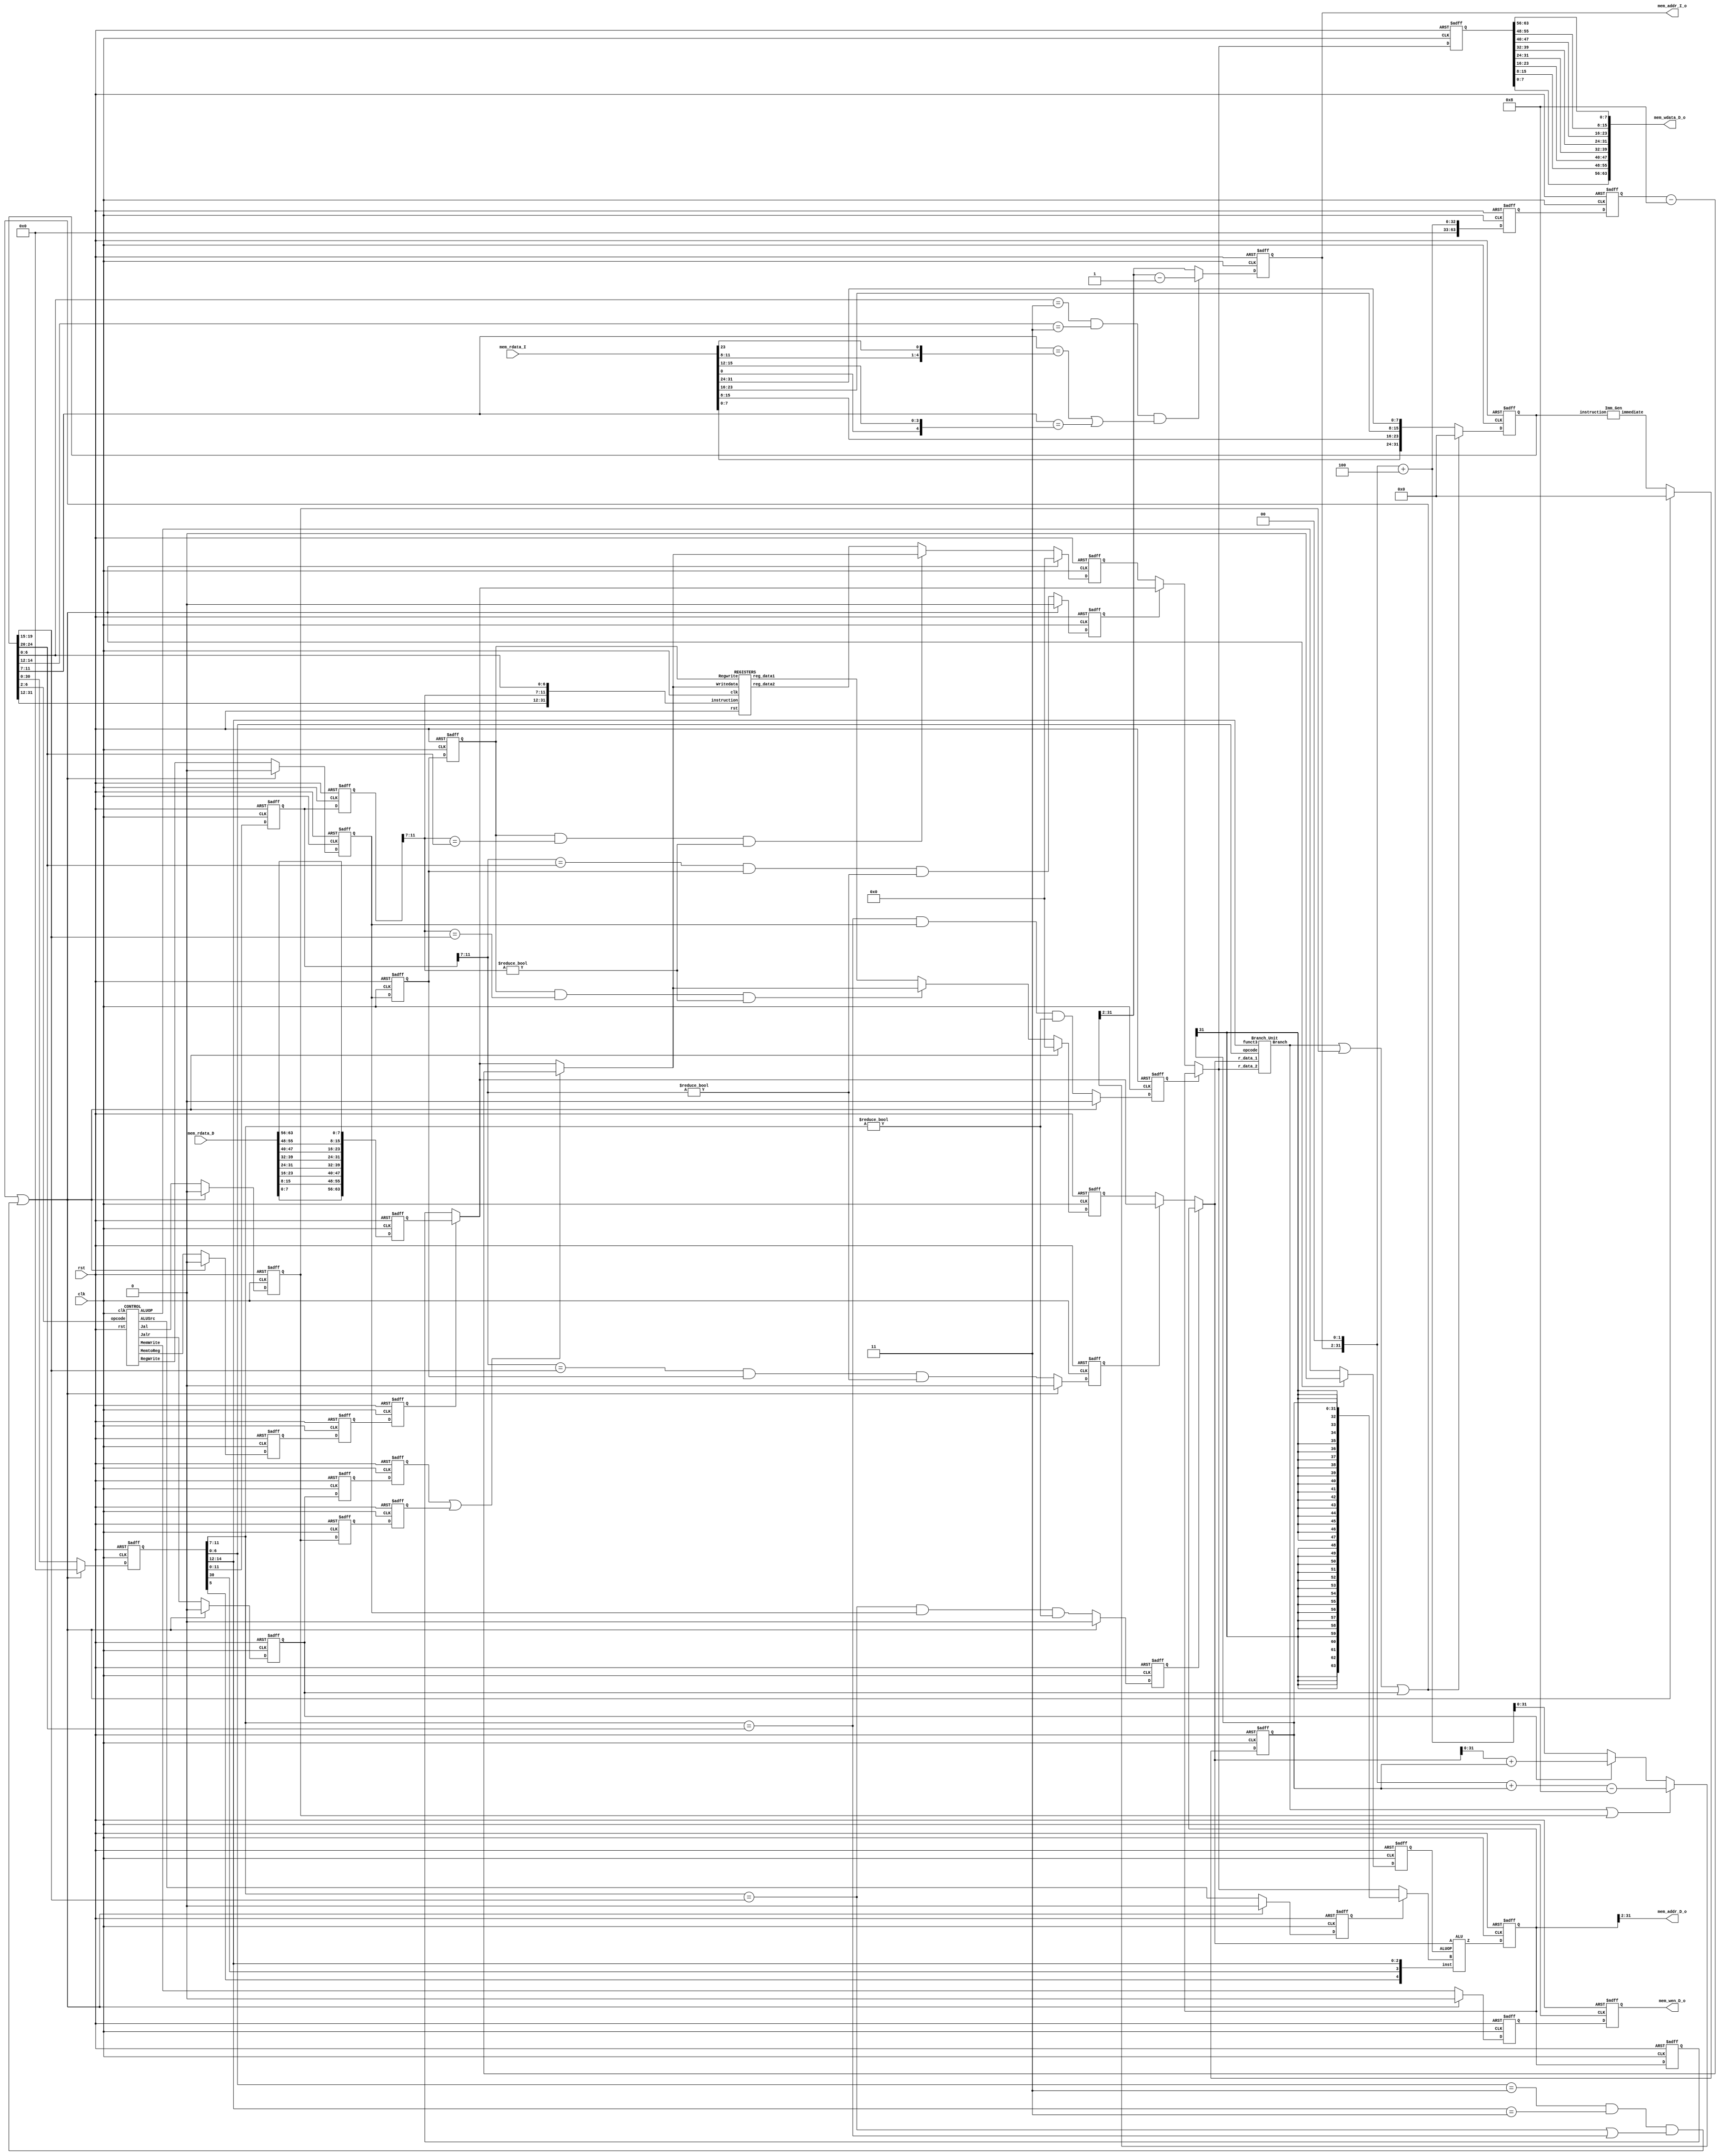
// Your code

module RISCV(clk,
            rst,
            // for mem_D
            mem_wen_D_o,
            mem_addr_D_o,
            mem_wdata_D_o,
            mem_rdata_D,
            // for mem_I
            mem_addr_I_o,
            mem_rdata_I);

    input               clk, rst;
    input       [31:0]  mem_rdata_I;
    input       [63:0]  mem_rdata_D;
    output              mem_wen_D_o;
    output reg  [31:2]  mem_addr_I_o;
    output      [31:2]  mem_addr_D_o;
    output      [63:0]  mem_wdata_D_o;

    // 1
    wire    [31:0]  instruction_1;
    // 2
    reg     [31:0]  instruction_2;
    wire    [31:0]  immediate_2;
    wire            Jal_2;
    wire            Jalr_2;
    wire            MemWrite_2;
    wire            MemtoReg_2;
    wire            RegWrite_2;
    wire            ALUSrc_2;
    wire            ALUOP_2;
    wire    [63:0]  r_data1_2, r_data2_2;
    wire            pre_WB_data1, pre_WB_data2;
    wire            MEM_forwd_in1_2, MEM_forwd_in2_2;
    wire            WB_forwd_in1_2, WB_forwd_in2_2;
    wire            no_forwd_in1_2;
    wire            no_forwd_in2_2;
    // 3
    reg     [31:0]  instruction_3;
    reg     [31:0]  immediate_3;
    reg             Jal_3;
    reg             Jalr_3;
    reg             MemWrite_3;
    reg             MemtoReg_3;
    reg             RegWrite_3;
    reg             ALUSrc_3;
    reg             ALUOP_3;
    reg     [63:0]  r_data1_3, r_data2_3;
    reg             MEM_forwd_in1_3, MEM_forwd_in2_3;
    reg             WB_forwd_in1_3, WB_forwd_in2_3;
    reg             no_forwd_in1_3;
    reg             no_forwd_in2_3;
    wire            load_use_hazd_in1, load_use_hazd_in2;
    wire    [63:0]  f_data1_3, f_data2_3;
    wire    [63:0]  PC_4_out_3, PC_imm_out, Jalr_adder_out;
    wire            Branch;
    wire    [63:0]  ALU_in2, ALU_result_3;
    wire    [63:0]  nxt_mem_addr_I;
    wire            flush;
    wire            stall;
    // 4
    reg     [31:0]  instruction_4;
    reg     [63:0]  PC_4_out_4;
    reg     [63:0]  ALU_result_4;
    reg     [63:0]  f_data2_4;
    reg             Jal_4;
    reg             Jalr_4;
    reg             MemtoReg_4;
    reg             MemWrite_4;
    reg             RegWrite_4;
    wire    [63:0]  mem_data_4;
    wire    [63:0]  forwd_data_4;
    // 5
    reg     [31:0]  instruction_5;
    reg     [63:0]  mem_data_5;
    reg     [63:0]  PC_4_out_5;
    reg     [63:0]  ALU_result_5;
    reg             Jal_5;
    reg             Jalr_5;
    reg             MemtoReg_5;
    reg             RegWrite_5;
    wire    [63:0]  Reg_write_data;
    wire    [63:0]  forwd_data_5;

    // First stage start
    assign instruction_1 = {mem_rdata_I[7:0], mem_rdata_I[15:8],
                            mem_rdata_I[23:16], mem_rdata_I[31:24]};

    always @(posedge clk or posedge rst) begin
        if (rst) instruction_2 <= 0;
        else begin
            if (flush) instruction_2 <= 0; 
            else instruction_2 <= instruction_1;
        end
    end
    // First stage end

    // Second stage start
    CONTROL control(
        .clk(clk), .rst(rst), .opcode(instruction_2[6:2]),
        .Jal(Jal_2), .Jalr(Jalr_2), .MemWrite(MemWrite_2),
        .MemtoReg(MemtoReg_2), .RegWrite(RegWrite_2),
        .ALUSrc(ALUSrc_2), .ALUOP(ALUOP_2)
    );

    Imm_Gen imm_gen(
        .immediate(immediate_2), .instruction(instruction_2)
    );

    REGISTERS registers(
        .clk(clk), .rst(rst), .instruction({instruction_2[31:12],instruction_5[11:7],instruction_2[6:0]}),
        .Regwrite(RegWrite_5), .Writedata(Reg_write_data),
        .reg_data1(r_data1_2), .reg_data2(r_data2_2)
    );
    
    assign  pre_WB_data1 = RegWrite_5&(instruction_5[11:7]==instruction_2[19:15])&(instruction_5[11:7]!=5'b0);
    assign  pre_WB_data2 = RegWrite_5&(instruction_5[11:7]==instruction_2[24:20])&(instruction_5[11:7]!=5'b0);
    assign  MEM_forwd_in1_2   = (instruction_3[11:7]==instruction_2[19:15])&RegWrite_3&(instruction_3[11:7]!=5'b0);
    assign  MEM_forwd_in2_2   = (instruction_3[11:7]==instruction_2[24:20])&RegWrite_3&(instruction_3[11:7]!=5'b0);
    assign  WB_forwd_in1_2    = (instruction_4[11:7]==instruction_2[19:15])&RegWrite_4&(instruction_4[11:7]!=5'b0);
    assign  WB_forwd_in2_2    = (instruction_4[11:7]==instruction_2[24:20])&RegWrite_4&(instruction_4[11:7]!=5'b0);
    //assign  no_forwd_in1_2    = !((MEM_forwd_in1_2)|(WB_forwd_in1_2));
    //assign  no_forwd_in2_2    = !((MEM_forwd_in2_2)|(WB_forwd_in2_2));
    
    always @(posedge clk or posedge rst) begin
        if (rst) begin
            Jal_3           <= 0;
            Jalr_3          <= 0;
            MemWrite_3      <= 0;
            MemtoReg_3      <= 0;
            RegWrite_3      <= 0;
            ALUSrc_3        <= 0;
            ALUOP_3         <= 0;
            instruction_3   <= 0;
            immediate_3     <= 0;
            r_data1_3       <= 0;
            r_data2_3       <= 0;
            MEM_forwd_in1_3 <= 0;
            MEM_forwd_in2_3 <= 0;
            WB_forwd_in1_3  <= 0;
            WB_forwd_in2_3  <= 0;
            //no_forwd_in1_3  <= 0;
            //no_forwd_in2_3  <= 0;
        end
        else begin
            if (flush|stall) begin
                Jal_3           <= 0;
                Jalr_3          <= 0;
                MemWrite_3      <= 0;
                MemtoReg_3      <= 0;
                RegWrite_3      <= 0;
                ALUSrc_3        <= 0;
                ALUOP_3         <= 0;
                instruction_3   <= 0;
                immediate_3     <= 0;
                r_data1_3       <= 0;
                r_data2_3       <= 0;
                MEM_forwd_in1_3 <= 0;
                MEM_forwd_in2_3 <= 0;
                WB_forwd_in1_3  <= 0;
                WB_forwd_in2_3  <= 0;
                //no_forwd_in1_3  <= 0;
                //no_forwd_in2_3  <= 0;
            end
            else begin
            Jal_3           <= Jal_2;
            Jalr_3          <= Jalr_2;
            MemWrite_3      <= MemWrite_2;
            MemtoReg_3      <= MemtoReg_2;
            RegWrite_3      <= RegWrite_2;
            ALUSrc_3        <= ALUSrc_2;
            ALUOP_3         <= ALUOP_2;
            instruction_3   <= instruction_2;
            immediate_3     <= immediate_2;
            MEM_forwd_in1_3 <= MEM_forwd_in1_2;
            MEM_forwd_in2_3 <= MEM_forwd_in2_2;
            WB_forwd_in1_3  <= WB_forwd_in1_2;
            WB_forwd_in2_3  <= WB_forwd_in2_2;
            //no_forwd_in1_3  <= no_forwd_in1_2;
            //no_forwd_in2_3  <= no_forwd_in2_2;
            if (pre_WB_data1)   r_data1_3 <= Reg_write_data;
            else                r_data1_3 <= r_data1_2;
            if (pre_WB_data2)   r_data2_3 <= Reg_write_data;
            else                r_data2_3 <= r_data2_2;
            end
        end
    end
    // Second stage end

    // Third stage start
    assign  load_use_hazd_in1   = (instruction_5[6:0]==7'b11)&(instruction_5[14:12]==3'b11)&(instruction_5[11:7]==instruction_3[19:15])&(instruction_5[11:7]!=5'b0);
    assign  load_use_hazd_in2   = (instruction_5[6:0]==7'b11)&(instruction_5[14:12]==3'b11)&(instruction_5[11:7]==instruction_3[24:20])&(instruction_5[11:7]!=5'b0);
    //assign  MEM_forwd_in1_3       = (instruction_4[11:7]==instruction_3[19:15])&RegWrite_4&(instruction_4[11:7]!=5'b0);
    //assign  MEM_forwd_in2_3       = (instruction_4[11:7]==instruction_3[24:20])&RegWrite_4&(instruction_4[11:7]!=5'b0);
    //assign  WB_forwd_in1_3        = (instruction_5[11:7]==instruction_3[19:15])&RegWrite_5&(instruction_5[11:7]!=5'b0);
    //assign  WB_forwd_in2_3        = (instruction_5[11:7]==instruction_3[24:20])&RegWrite_5&(instruction_5[11:7]!=5'b0);
    assign  flush               = Branch|Jal_3|Jalr_3;
    assign  stall               = ((instruction_3[6:0]==7'b11)&(instruction_3[14:12]==3'b11)
            &((instruction_3[11:7]==instruction_2[19:15])|(instruction_3[11:7]==instruction_2[24:20])));

    assign  f_data1_3   = (MEM_forwd_in1_3)? forwd_data_4 : (WB_forwd_in1_3)?forwd_data_5 : r_data1_3;
    assign  f_data2_3   = (MEM_forwd_in2_3)? forwd_data_4 : (WB_forwd_in2_3)?forwd_data_5 : r_data2_3;
    
    // FORWD_UNIT  forwd_unit(
    //     .f_data1(f_data1_3), .f_data2(f_data2_3), .data1(r_data1_3), .data2(r_data2_3),
    //     .MEM_data1(forwd_data_4), .MEM_data2(forwd_data_4),
    //     .WB_data1(forwd_data_5), .WB_data2(forwd_data_5),
    //     .ctrl1({MEM_forwd_in1_3,WB_forwd_in1_3}), .ctrl2({MEM_forwd_in2_3,WB_forwd_in2_3})
    // );

    assign  ALU_in2 = (ALUSrc_3)? {{32{immediate_3[31]}},immediate_3} : f_data2_3;
    assign  PC_4_out_3 = {32'b0,mem_addr_I_o, 2'b0} + 4;
    assign  PC_imm_out = {32'b0,mem_addr_I_o, 2'b0} + {{32{immediate_3[31]}},immediate_3};
    assign  Jalr_adder_out = f_data1_3 + {{32{immediate_3[31]}},immediate_3};
    assign  nxt_mem_addr_I = (Branch || Jal_3)? (PC_imm_out-8) : (Jalr_3) ? Jalr_adder_out : PC_4_out_3;

    Branch_Unit BRANCH(
        .Branch(Branch), .opcode(instruction_3[6:0]), .funct3(instruction_3[14:12]),
        .r_data_1(f_data1_3), .r_data_2(f_data2_3)
    );

    ALU alu(
        .Z(ALU_result_3), .A(f_data1_3), .B(ALU_in2),
        .inst({instruction_3[5],instruction_3[30],instruction_3[14:12]}), .ALUOP(ALUOP_3)
    );
        
    always @(posedge clk or posedge rst) begin
        if (rst) begin
            mem_addr_I_o      <= 0;
            instruction_4   <= 0;
            PC_4_out_4      <= 0;
            ALU_result_4    <= 0;
            f_data2_4       <= 0;
            Jal_4           <= 0;
            Jalr_4          <= 0;
            MemtoReg_4      <= 0;
            MemWrite_4      <= 0;
            RegWrite_4      <= 0;
        end
        else begin
            // load-use hazard
            if ((instruction_2[6:0]==7'b11)&(instruction_2[14:12]==3'b11)
                &((instruction_2[11:7]==instruction_1[19:15])|(instruction_2[11:7]==instruction_1[24:20])))
                mem_addr_I_o <= nxt_mem_addr_I[31:2]-1;
            else mem_addr_I_o <= nxt_mem_addr_I[31:2];
            instruction_4   <= instruction_3;
            PC_4_out_4      <= PC_4_out_3;
            ALU_result_4    <= ALU_result_3;
            f_data2_4       <= f_data2_3;
            Jal_4           <= Jal_3;
            Jalr_4          <= Jalr_3;
            MemtoReg_4      <= MemtoReg_3;
            MemWrite_4      <= MemWrite_3;
            RegWrite_4      <= RegWrite_3;
        end
    end
    // Third stage end

    // Fourth stage start
    assign mem_addr_D_o = ALU_result_4[31:2];
    assign mem_wen_D_o = MemWrite_4;
    assign mem_data_4 = {mem_rdata_D[7:0],mem_rdata_D[15:8],mem_rdata_D[23:16],mem_rdata_D[31:24],
                            mem_rdata_D[39:32],mem_rdata_D[47:40],mem_rdata_D[55:48],mem_rdata_D[63:56]};
    assign mem_wdata_D_o = {f_data2_4[7:0],f_data2_4[15:8],f_data2_4[23:16],f_data2_4[31:24],
                            f_data2_4[39:32],f_data2_4[47:40],f_data2_4[55:48],f_data2_4[63:56]};
    assign forwd_data_4 = ALU_result_4;
    always @(posedge clk or posedge rst)begin
        if (rst) begin
            instruction_5 <= 0;
            mem_data_5  <= 0;
            Jal_5       <= 0;
            Jalr_5      <= 0;
            MemtoReg_5  <= 0;
            RegWrite_5  <= 0;
            PC_4_out_5  <= 0;
            ALU_result_5 <= 0;
        end
        else begin
            instruction_5 <= instruction_4;
            mem_data_5  <= mem_data_4;
            Jal_5       <= Jal_4;
            Jalr_5      <= Jalr_4;
            MemtoReg_5  <= MemtoReg_4;
            RegWrite_5  <= RegWrite_4;
            PC_4_out_5  <= PC_4_out_4;
            ALU_result_5 <= ALU_result_4;
        end
    end
    // Fourth stage end

    // Fifth stage start
    assign Reg_write_data = (Jalr_5 || Jal_5)? (PC_4_out_5-8) : (MemtoReg_5)? mem_data_5 : ALU_result_5;
    assign forwd_data_5 = (MemtoReg_5)? mem_data_5 : ALU_result_5;

    //Fifth stage end
endmodule

module FORWD_UNIT(f_data1,
                f_data2,
                data1,
                data2,
                MEM_data1,
                MEM_data2,
                WB_data1,
                WB_data2,
                ctrl1,
                ctrl2);
    input       [63:0]  data1, data2;
    input       [63:0]  MEM_data1, MEM_data2;
    input       [63:0]  WB_data1, WB_data2;
    input       [1:0]   ctrl1, ctrl2;
    output reg  [63:0]  f_data1, f_data2;

    always @(*) begin
        case (ctrl1)
            2'b10 : f_data1 = MEM_data1;
            2'b01 : f_data1 = WB_data1;
            default : f_data1 = data1;
        endcase
        case (ctrl2)
            2'b10 : f_data2 = MEM_data2;
            2'b01 : f_data2 = WB_data2;
            default : f_data2 = data2;
        endcase
    end
endmodule

module ALU(Z,A,B,inst,ALUOP);
    input  [63:0]   A,B;
    input  [4:0]    inst;
    input           ALUOP;
    output [63:0]   Z;

    reg    [63:0]   Z;
    wire   [3:0]    ctrl;
    assign ctrl = (ALUOP) ? inst[3:0] : 4'b0000;

    always @(*) begin
        case (ctrl)
            4'b0000 : Z = A + B;        //ADD
            4'b0001 : Z = A << B;       //SLL
            4'b1001 : Z = A << B;       //SLLI
            4'b0010 : Z = (A<B)?1:0;    //SLT
            4'b1010 : Z = (A<B)?1:0;    //SLTI
            4'b0100 : Z = A^B;          //XOR
            4'b1100 : Z = A^B;          //XORI
            4'b0101 : Z = A >> B;       //SRL
            4'b0110 : Z = A | B;        //OR
            4'b1110 : Z = A | B;        //ORI
            4'b0111 : Z = A & B;        //AND
            4'b1111 : Z = A & B;        //ANDI
            4'b1000 : Z = (inst[4])? (A - B) : (A+B);        //SUB
            4'b1101 : Z = A >>> B;      //SRA
            default : Z = A;
        endcase
    end
endmodule

module CONTROL(clk,
            rst,
            opcode,
            Jal,
            Jalr,
            MemWrite,
            MemtoReg,
            RegWrite,
            ALUSrc,
            ALUOP
			);
    input           clk, rst;
    input   [6:2]   opcode;
	output          Jal, Jalr, MemWrite, MemtoReg, RegWrite, ALUSrc, ALUOP;
    // local parameter
    localparam JAL      = 5'b11011;
    localparam JALR     = 5'b11001;
    localparam LD       = 5'b00000;
    localparam SD       = 5'b01000;
    localparam R_TYPE   = 5'b01100;
    localparam SB       = 5'b11000;
	// wire/reg
	assign Jal       = (opcode == JAL)? 1 : 0;
    assign Jalr      = (opcode == JALR)? 1 : 0;
    assign MemWrite  = (opcode == SD)? 1 : 0;
    assign MemtoReg  = (opcode == LD)? 1 : 0;
    assign RegWrite  = (opcode == SD)? 0 : 1; 
    assign ALUSrc    = (opcode == R_TYPE || opcode == JAL || opcode == SB)? 0 : 1;
    assign ALUOP     = (opcode == SD || opcode == LD)? 0 : 1;
endmodule

module Branch_Unit(
                Branch,
                opcode,
                funct3,
                r_data_1,
                r_data_2
);
    input   [6:0]   opcode;
    input   [14:12] funct3;
    input   [63:0]  r_data_1, r_data_2;
    output          Branch;

    localparam SB = 7'b1100011;
    localparam BEQ = 3'b0;
    localparam BNE = 3'b1;

    wire equal, beq, bne;

    assign equal = ~|(r_data_1 ^ r_data_2);
    assign beq = (opcode == SB && funct3 == BEQ)? 1 : 0;
    assign bne = (opcode == SB && funct3 == BNE)? 1 : 0;
    assign Branch = ((beq && equal) || (bne && !equal))? 1 : 0;
endmodule

module Imm_Gen (
            immediate,
            instruction
);
    input      [31:0] instruction;
    output reg [31:0] immediate;

    wire [6:0] opcode;
    assign opcode = instruction[6:0];

    always @(*) begin
        // I_type
        immediate[11:0]  = instruction[31:20];
        immediate[31:12] = { 20{instruction[31]} };
        case (opcode)
            7'b0100011: begin // S_type
                immediate[11:5]  = instruction[31:25];
                immediate[4:0]   = instruction[11:7];
                immediate[31:12] = { 20{instruction[31]} };
            end
            7'b1100011: begin // B_type
                immediate[12]    = instruction[31];
                immediate[10:5]  = instruction[30:25];
                immediate[4:1]   = instruction[11:8];
                immediate[11]    = instruction[7];
                immediate[31:13] = { 19{instruction[31]} };
                immediate[0]     = 0;
            end
            7'b1101111: begin // J_type
                immediate[20]    = instruction[31];
                immediate[10:1]  = instruction[30:21];
                immediate[11]    = instruction[20];
                immediate[19:12] = instruction[19:12];
                immediate[31:21] = { 11{instruction[31]} };
                immediate[0]     = 0;
            end
            7'b0010011: begin // I:slli,srli,srai
                if (instruction[13:12] == 2'b01) begin
                    immediate[5:0]  = instruction[25:20];
                    immediate[31:6] = { 26{instruction[25]} };
                end
            end
        endcase
    end

endmodule

module REGISTERS(clk,
                rst,
                instruction,
                Regwrite,
                Writedata,
                reg_data1,
                reg_data2);

    input   [31:0]  instruction;
    input           Regwrite,rst,clk;
    input   [63:0]  Writedata;
    output  [63:0]  reg_data1, reg_data2;

    reg     [63:0]  x[0:31];
    reg     [63:0]  nxt_x[0:31];

    wire    [4:0]   read_1, read_2, write_1;

    assign read_1 = instruction[19:15];
    assign read_2 = instruction[24:20];
    assign write_1 = instruction[11:7];

    assign reg_data1 = x[read_1];
    assign reg_data2 = x[read_2];
    
    integer i;

    always @(*) begin
        nxt_x[0] = x[0];
        for (i=1; i<32; i=i+1)
            nxt_x[i] = (Regwrite && (write_1 == i)) ? Writedata : x[i];
    end

    always @(posedge clk or posedge rst) begin
        if (rst) begin
            for (i=0; i<32; i=i+1)
                x[i] <= 0;
        end
        else begin
            for (i=0; i<32; i=i+1)
                x[i] <= nxt_x[i];
        end
    end
endmodule